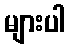
များပါ